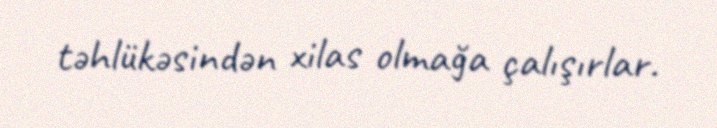
təhlükəsindən xilas olmağa çalışırlar.